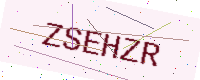
Text: ZSEHZR